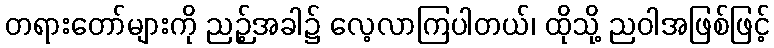
တရားတော်များကို ညဉ့်အခါ၌ လေ့လာကြပါတယ်၊ ထိုသို့ ညဝါအဖြစ်ဖြင့်